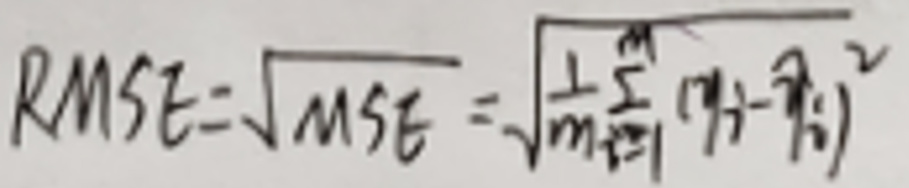
$RMSE = \sqrt{MSE} = \sqrt{\frac{1}{m} \sum_{i=1}^{m} (y_i - \hat{y}_i)^2}$